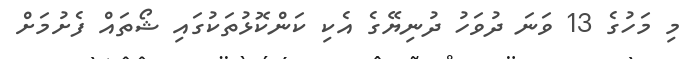
މި މަހުގެ 13 ވަނަ ދުވަހު ދުނިޔޭގެ އެކި ކަންކޮޅުތަކުގައި ޝޯތައް ފެށުމަށް